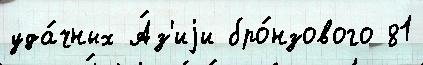
уда́чных А́з'иjи бро́нзового 81